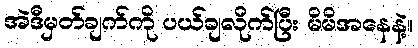
အဲဒီမှတ်ချက်ကို ပယ်ချလိုက်ပြီး မိမိအနေနဲ့။